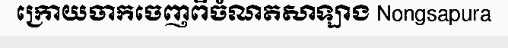
ក្រោយចាកចេញពីចំណតសាឡាង Nongsapura